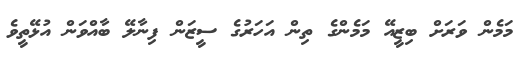
މަމެން ވަރަށް ބިޒީއޭ މަމެންގެ ތިން އަހަރުގެ ސީޒަން ފިނާލޭ ބާއްވަން އުޅޭތީވެ